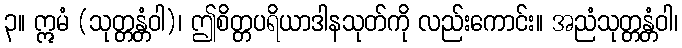
၃။ ဣမံ (သုတ္တန္တံဝါ)၊ ဤစိတ္တပရိယာဒါနသုတ်ကို လည်းကောင်း။ အညံသုတ္တန္တံဝါ၊